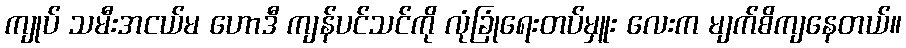
ကျုပ် သမီးအငယ်မ ဟောဒီ ကျန်ပင်သင်ကို လုံခြုံရေးတပ်မှူး လေးက မျက်စိကျနေတယ်။